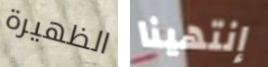
الظهيرة إنتهينا